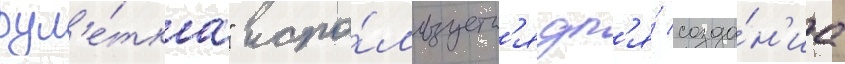
рул'е́тка" испо́льзуетс'я дл'я́ созда́н'иа